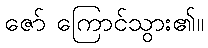
ဇော် ကြောင်သွား၏။